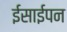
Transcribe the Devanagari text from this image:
ईसाईपन